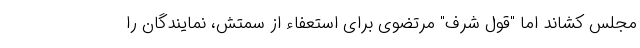
مجلس کشاند اما "قول شرف" مرتضوی برای استعفاء از سمتش، نمایندگان را